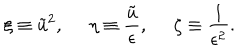
\xi \equiv \tilde { u } ^ { 2 } , \: \: \: \: \: \: \eta \equiv \frac { \tilde { u } } { \epsilon } , \: \: \: \: \: \: \zeta \equiv \frac { 1 } { \epsilon ^ { 2 } } .